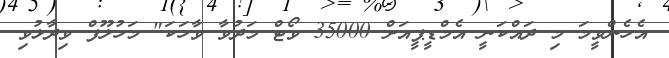
އެހެންވީމަ މި ދައްކަނީ އެމްޑީޕީއަށް 35000 ވޯޓް މަދުވާ ވާހަކަ" މަހުލޫފް ވިދާޅުވި